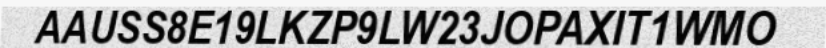
AAUSS8E19LKZP9LW23JOPAXIT1WMO